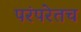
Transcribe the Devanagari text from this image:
परंपरेतच